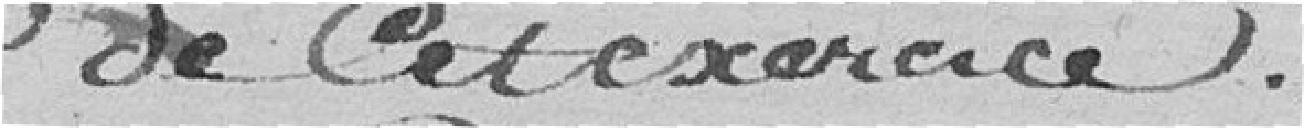
de cet exercice.